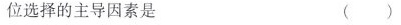
位选择的主导因素是 ( )